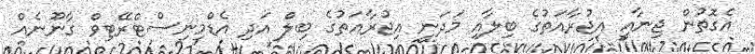
އެގޮތުން ޖިނާއީ އިޖުރާއަތުގެ ބިލާއި މަދަނީ އިޖުރާއަތުގެ ބިލް އަދި އެޑްމިނިސްޓްރޭޓިވް ގާނޫނެއް